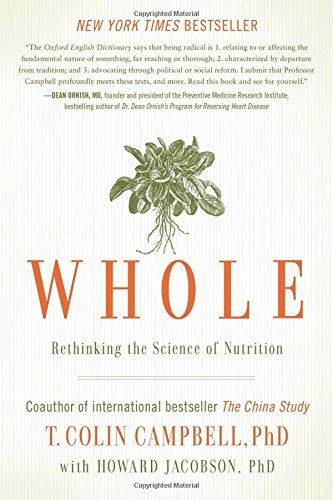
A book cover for Whole: Rethinking the Science of Nutrition; T. Colin Campbell; Health, Fitness & Dieting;